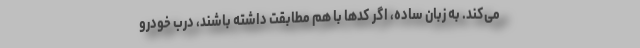
می‌کند. به زبان ساده، اگر کدها با هم مطابقت داشته باشند، درب خودرو